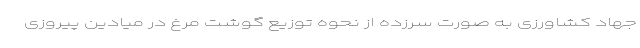
جهاد کشاورزی به صورت سرزده از نحوه توزیع گوشت مرغ در میادین پیروزی